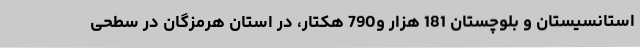
استانسیستان و بلوچستان 181 هزار و790 هکتار، در استان هرمزگان در سطحی